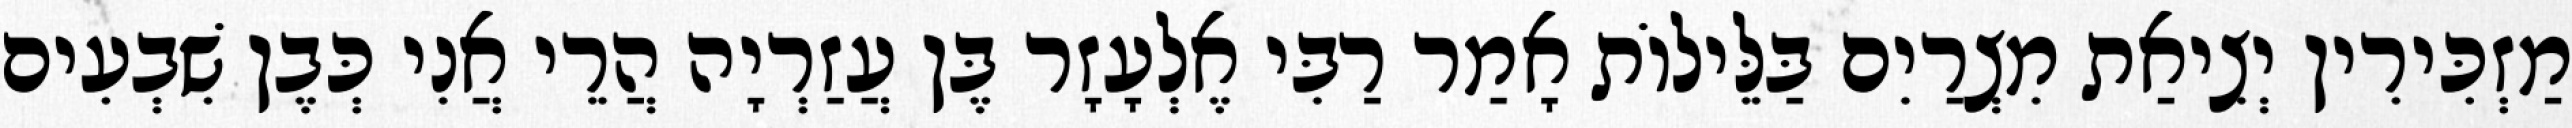
מַזְכִּירִין יְצִיאַת מִצְרַיִם בַּלֵּילוֹת אָמַר רַבִּי אֶלְעָזָר בֶּן עֲזַרְיָה הֲרֵי אֲנִי כְּבֶן שִׁבְעִים